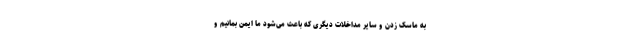
به ماسک زدن و سایر مداخلات دیگری که باعث می‌شود ما ایمن بمانیم و